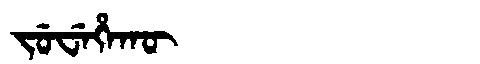
Manchu: ᠵᡠᠸᡝᡥᠠᡴᡡ
Romanization: JUWEHAKŪ